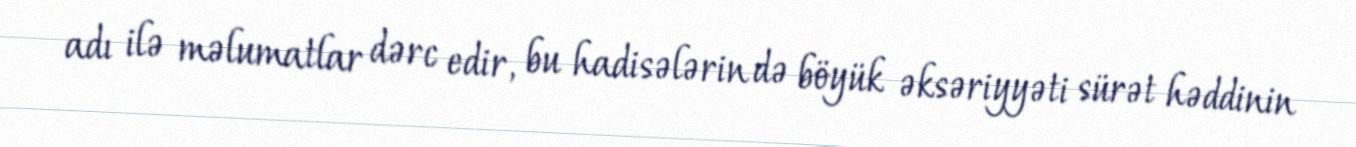
adı ilə məlumatlar dərc edir, bu hadisələrin də böyük əksəriyyəti sürət həddinin